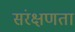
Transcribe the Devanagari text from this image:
संरक्षणता